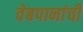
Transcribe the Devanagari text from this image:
वेबपानांची